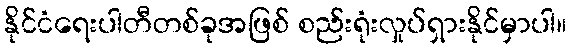
နိုင်ငံရေးပါတီတစ်ခုအဖြစ် စည်းရုံးလှုပ်ရှားနိုင်မှာပါ။